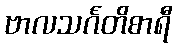
ဗာလသင်္ဂတိစာရီ